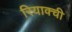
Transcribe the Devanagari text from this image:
रियाक्ची